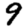
Digit: 9